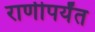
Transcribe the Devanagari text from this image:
राणीपर्यंत